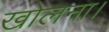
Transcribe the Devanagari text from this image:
खोलना।